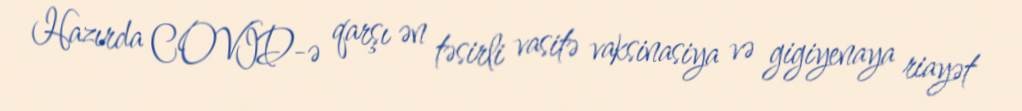
Hazırda COVİD-ə qarşı ən təsirli vasitə vaksinasiya və gigiyenaya riayət